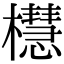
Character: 櫘